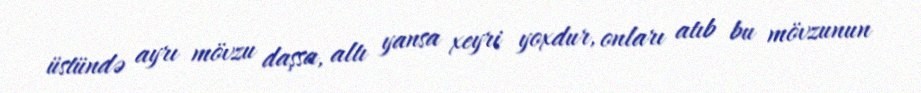
üstündə ayrı mövzu daşsa, altı yansa xeyri yoxdur, onları atıb bu mövzunun